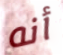
أنه